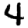
Digit: 4